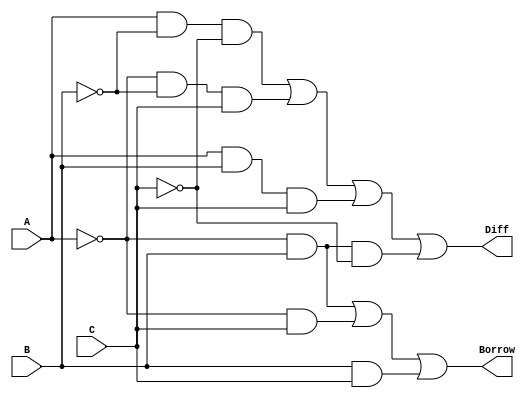
module full_subtractor(A, B, C, Diff, Borrow);
	input A,B,C;
	output Diff, Borrow;
	assign Diff = (A&~B&~C)|(~A&~B&C)|(A&B&C)|(~A&B&~C);
	assign Borrow = (~A&B)|(~A&C)|(B&C);
endmodule

module test;
    reg a,b,c;
    wire diff,borrow;
    full_subtractor g1(a, b, c, diff, borrow);
    
    initial begin
    	$dumpfile("full-subtractor.vcd");
    	$dumpvars(0, test);
    	$display("A\tB\tC\tDiff\tBorrow");
    	$monitor("%b\t%b\t%b\t%b\t%b", a,b,c,diff,borrow);
    	a=0;b=0;c=0;
    	#10 a=0;b=0;c=1;
    	#10 a=0;b=1;c=0;
    	#10 a=0;b=1;c=1;
    	#10 a=1;b=0;c=0;
    	#10 a=1;b=0;c=1;
    	#10 a=1;b=1;c=0;
    	#10 a=1;b=1;c=1;
    	#10 a=0;b=0;c=0;
    	$finish;
    end
endmodule